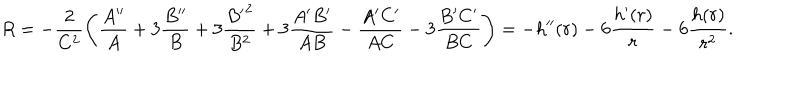
LaTeX: R = - \frac { 2 } { C ^ { 2 } } \left( \frac { A ^ { \prime \prime } } { A } + 3 \frac { B ^ { \prime \prime } } { B } + 3 \frac { { B ^ { \prime } } ^ { 2 } } { B ^ { 2 } } + 3 \frac { A ^ { \prime } B ^ { \prime } } { A B } - \frac { A ^ { \prime } C ^ { \prime } } { A C } - 3 \frac { B ^ { \prime } C ^ { \prime } } { B C } \right) = - h ^ { \prime \prime } ( r ) - 6 \frac { h ^ { \prime } ( r ) } { r } - 6 \frac { h ( r ) } { r ^ { 2 } } .